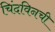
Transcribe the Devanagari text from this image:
चिंदविनची